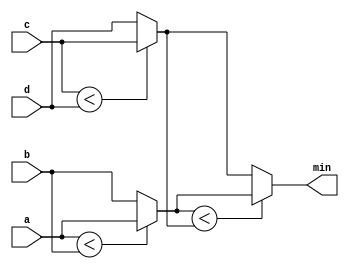
module top_module (
    input [7:0] a, b, c, d,
    output [7:0] min);//

    // assign intermediate_result1 = compare? true: false;
    
    wire [7:0] min_inter1, min_inter2;
    
    assign min_inter1 = (a < b) ? a : b;
    assign min_inter2 = (c < d) ? c : d;
    assign min = (min_inter1 < min_inter2) ? min_inter1 : min_inter2;

endmodule